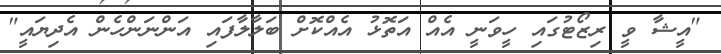
"އީޝާ ވީ ރިޒޯޓުގައި ހީވަނީ އެއް އަތޮޅު އެއްކޮށް ބަލާލާފައި އަންނަންހެން އެދިޔައީ"